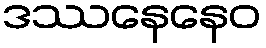
ဒဿနေနေဝ